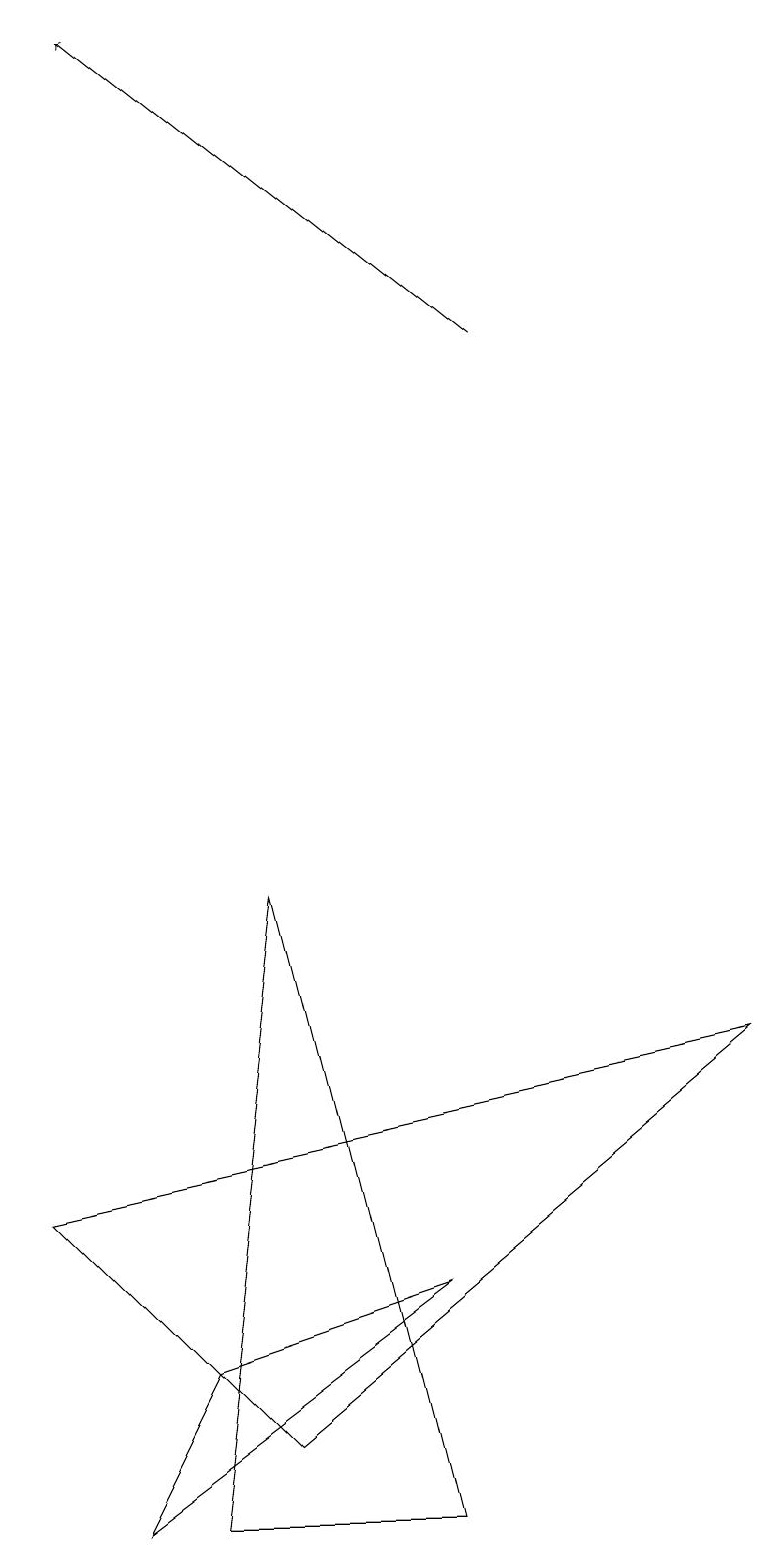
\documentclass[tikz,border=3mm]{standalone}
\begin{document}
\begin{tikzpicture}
\draw (3,8) -- (5,0) -- (2,0) -- cycle;
\draw (0,4) -- (9,6) -- (3,1) -- cycle;
\draw[->] (6,15) -- (1,19);
\draw (1,0) -- (2,2) -- (5,3) -- cycle;
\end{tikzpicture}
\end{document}